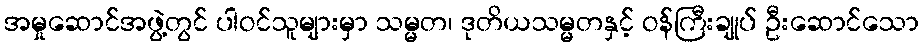
အမှုဆောင်အဖွဲ့တွင် ပါဝင်သူများမှာ သမ္မတ၊ ဒုတိယသမ္မတနှင့် ဝန်ကြီးချုပ် ဦးဆောင်သော